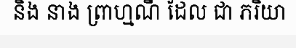
និង នាង ព្រាហ្មណី ដែល ជា ភរិយា